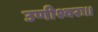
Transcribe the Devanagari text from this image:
उणीश्वरः॥